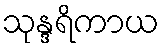
သုန္ဒရိကာယ